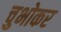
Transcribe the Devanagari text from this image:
चुभोकर